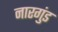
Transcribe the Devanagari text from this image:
नारगुंड